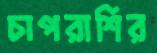
চাপরাশির